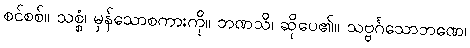
စင်စစ်။ သစ္စံ၊ မှန်သောစကားကို။ ဘဏသိ၊ ဆိုပေ၏။ သဗ္ဗင်္ဂသောဘဏေ၊